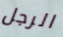
الرجل